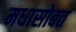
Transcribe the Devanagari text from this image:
मधासोबत